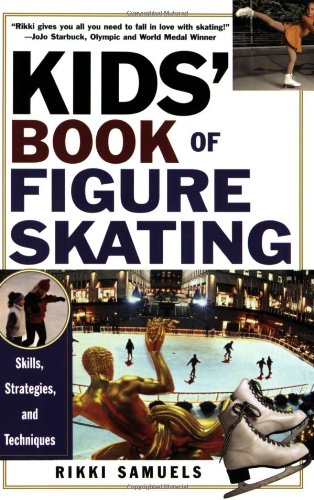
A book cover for Kids' Book Of Figure Skating: Skills, Strategies, And Techniques; Rikki Samuels; Sports & Outdoors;